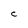
Character: C